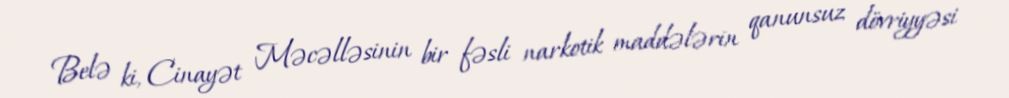
Belə ki, Cinayət Məcəlləsinin bir fəsli narkotik maddələrin qanunsuz dövriyyəsi